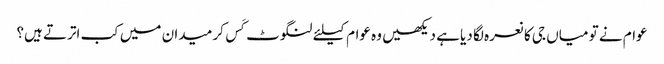
عوام نے تو میاں جی کا نعرہ لگا دیا ہے دیکھیں وہ عوام کیلئے لنگوٹ کَس کر میدان میں کب اترتے ہیں؟